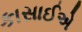
કાસાઈએ